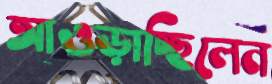
আওড়াচ্ছিলেন